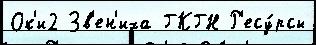
Ок'и2 Зв'ен'иха ГКГН Р'есу́рсы